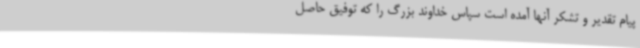
پیام تقدیر و تشکر آنها آمده است سپاس خداوند بزرگ را که توفیق حاصل